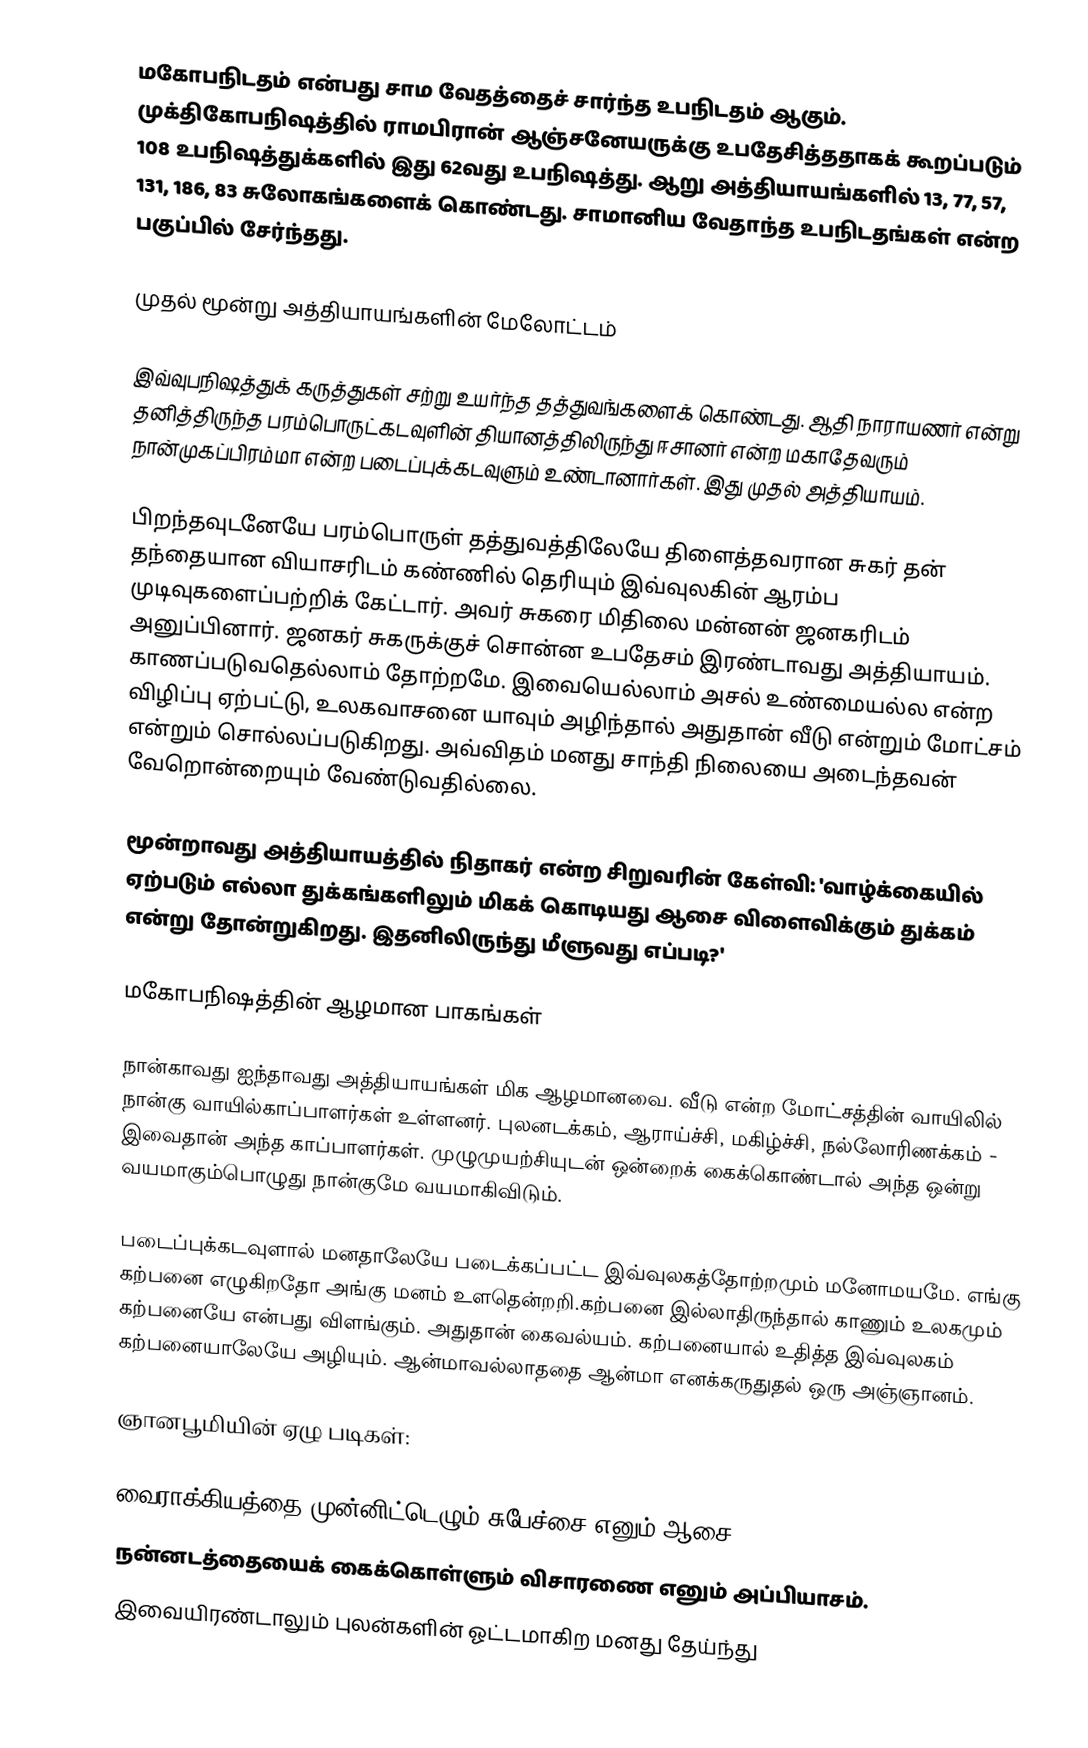
மகோபநிடதம் என்பது சாம வேதத்தைச் சார்ந்த உபநிடதம் ஆகும். முக்திகோபநிஷத்தில் ராமபிரான் ஆஞ்சனேயருக்கு உபதேசித்ததாகக் கூறப்படும் 108 உபநிஷத்துக்களில் இது 62வது உபநிஷத்து. ஆறு அத்தியாயங்களில் 13, 77, 57, 131, 186, 83 சுலோகங்களைக் கொண்டது. சாமானிய வேதாந்த உபநிடதங்கள் என்ற பகுப்பில் சேர்ந்தது.

முதல் மூன்று அத்தியாயங்களின் மேலோட்டம்

இவ்வுபநிஷத்துக் கருத்துகள் சற்று உயர்ந்த தத்துவங்களைக் கொண்டது. ஆதி நாராயணர் என்று தனித்திருந்த பரம்பொருட்கடவுளின் தியானத்திலிருந்து ஈசானர் என்ற மகாதேவரும் நான்முகப்பிரம்மா என்ற படைப்புக்கடவுளும் உண்டானார்கள். இது முதல் அத்தியாயம்.

பிறந்தவுடனேயே பரம்பொருள் தத்துவத்திலேயே திளைத்தவரான சுகர் தன் தந்தையான வியாசரிடம் கண்ணில் தெரியும் இவ்வுலகின் ஆரம்ப முடிவுகளைப்பற்றிக் கேட்டார். அவர் சுகரை மிதிலை மன்னன் ஜனகரிடம் அனுப்பினார். ஜனகர் சுகருக்குச் சொன்ன உபதேசம் இரண்டாவது அத்தியாயம். காணப்படுவதெல்லாம் தோற்றமே. இவையெல்லாம் அசல் உண்மையல்ல என்ற விழிப்பு ஏற்பட்டு, உலகவாசனை யாவும் அழிந்தால் அதுதான் வீடு என்றும் மோட்சம் என்றும் சொல்லப்படுகிறது. அவ்விதம் மனது சாந்தி நிலையை அடைந்தவன் வேறொன்றையும் வேண்டுவதில்லை.

மூன்றாவது அத்தியாயத்தில் நிதாகர் என்ற சிறுவரின் கேள்வி: 'வாழ்க்கையில் ஏற்படும் எல்லா துக்கங்களிலும் மிகக் கொடியது ஆசை விளைவிக்கும் துக்கம் என்று தோன்றுகிறது. இதனிலிருந்து மீளுவது எப்படி?'

மகோபநிஷத்தின் ஆழமான பாகங்கள்

நான்காவது ஐந்தாவது அத்தியாயங்கள் மிக ஆழமானவை. வீடு என்ற மோட்சத்தின் வாயிலில் நான்கு வாயில்காப்பாளர்கள் உள்ளனர். புலனடக்கம், ஆராய்ச்சி, மகிழ்ச்சி, நல்லோரிணக்கம் - இவைதான் அந்த காப்பாளர்கள்.  முழுமுயற்சியுடன் ஒன்றைக் கைக்கொண்டால் அந்த ஒன்று வயமாகும்பொழுது நான்குமே வயமாகிவிடும்.

படைப்புக்கடவுளால் மனதாலேயே படைக்கப்பட்ட இவ்வுலகத்தோற்றமும் மனோமயமே. எங்கு கற்பனை எழுகிறதோ அங்கு மனம் உளதென்றறி.கற்பனை இல்லாதிருந்தால் காணும் உலகமும்  கற்பனையே என்பது விளங்கும். அதுதான் கைவல்யம். கற்பனையால் உதித்த இவ்வுலகம் கற்பனையாலேயே அழியும். ஆன்மாவல்லாததை ஆன்மா எனக்கருதுதல் ஒரு அஞ்ஞானம்.

ஞானபூமியின் ஏழு படிகள்:

வைராக்கியத்தை முன்னிட்டெழும் சுபேச்சை எனும் ஆசை.
நன்னடத்தையைக் கைக்கொள்ளும் விசாரணை எனும் அப்பியாசம்.
இவையிரண்டாலும் புலன்களின் ஓட்டமாகிற மனது தேய்ந்து